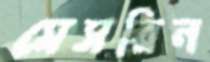
মেসরিন